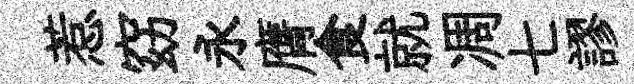
惹窈永膺食就凋七謬